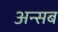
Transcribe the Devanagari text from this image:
अन्सब